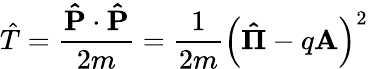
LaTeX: {\hat{T}}={\frac{\mathbf{\hat{P}}\cdot\mathbf{\hat{P}}}{2m}}={\frac{1}{2m}}\left(\mathbf{\hat{\Pi}}-q\mathbf{A}\right)^{2}